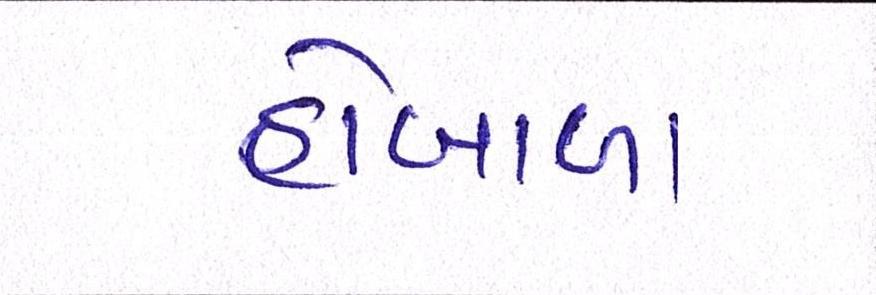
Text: હોબાળા